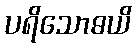
ပရိသောဓယိ